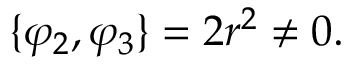
\{ \varphi _ { 2 } , \varphi _ { 3 } \} = 2 r ^ { 2 } \neq 0 .